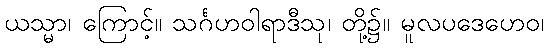
ယသ္မာ၊ ကြောင့်။ သင်္ဂဟဝါရာဒီသု၊ တို့၌။ မူလပဒေဟေဝ၊